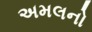
અમલનો